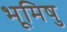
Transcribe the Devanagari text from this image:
भूमिषु